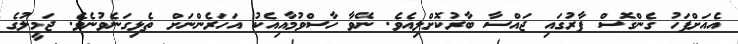
އެއަށްފަހު ގެންގޮސް ފާރުގައި ޖައްސާ ބާރުކޮށްލިއެވެ. ނޭވާ ހާސްވުމާއިއެކު އަހަރެންނަށް ތެޅިގަނެވުނެވެ. ޖަމީލުގެ